65_HS1-834228961_62-HQ-83894_Serial_164
Agency: FBI
Page 105
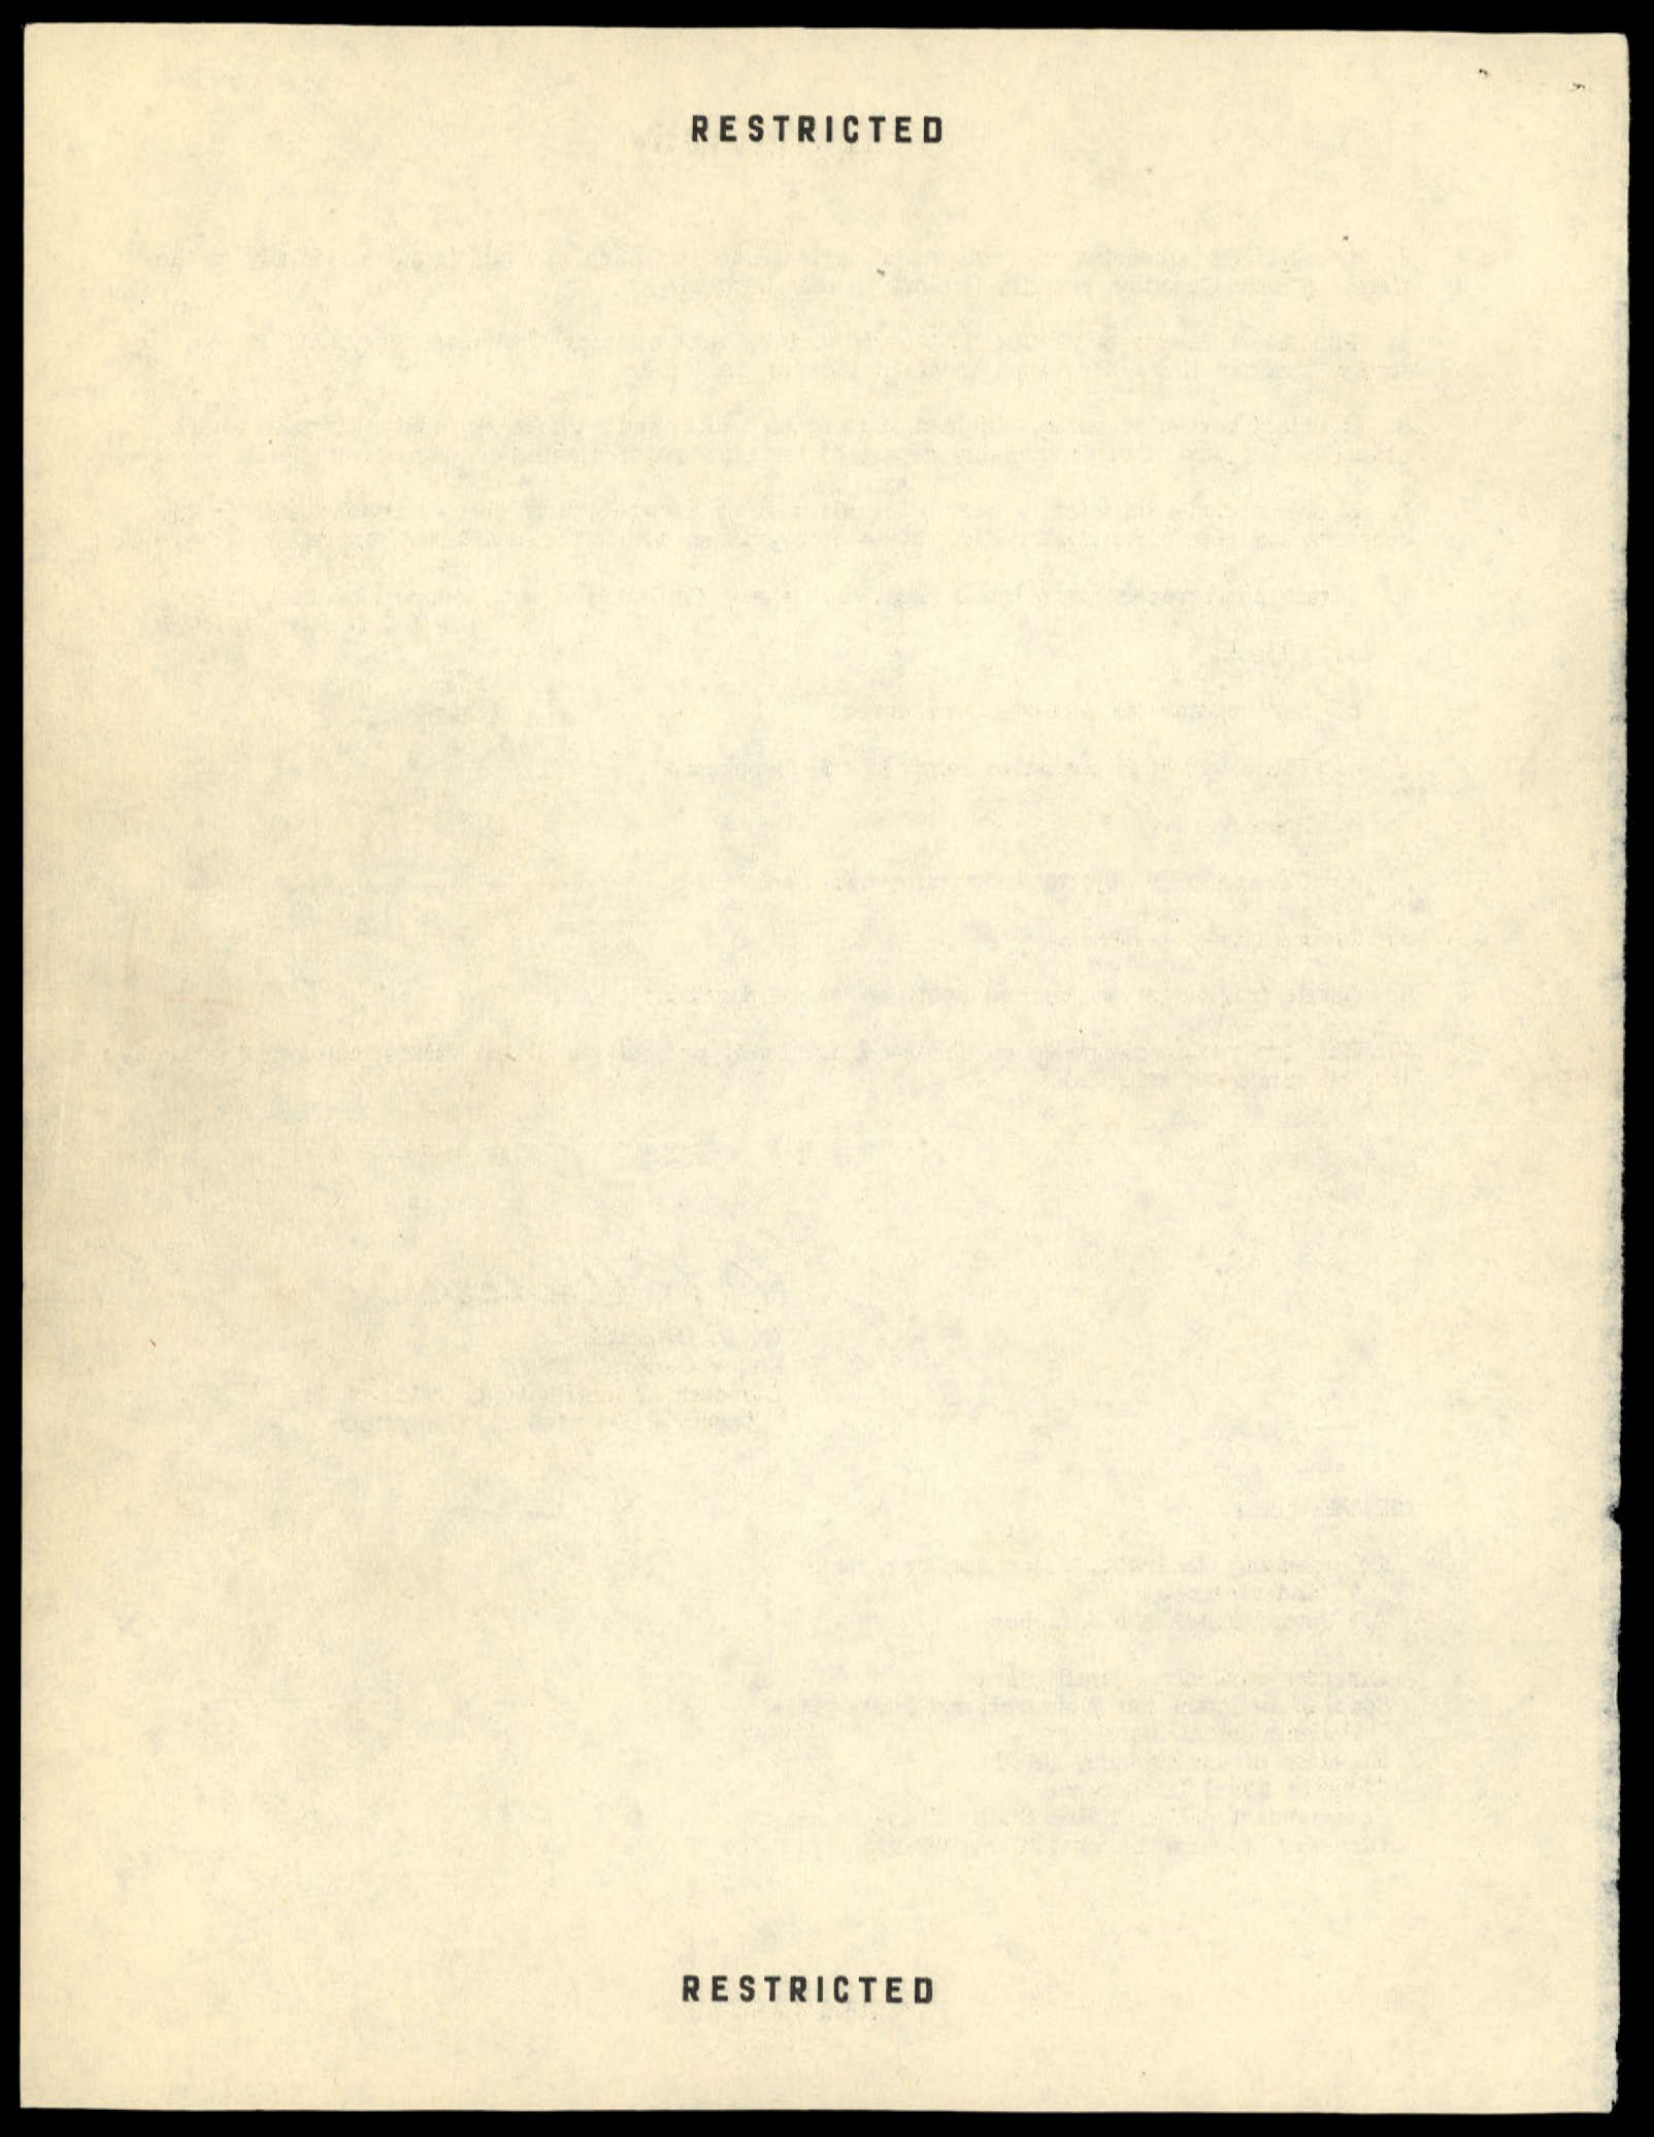